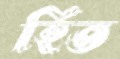
হিত